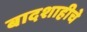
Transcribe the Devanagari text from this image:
बादशाहीचे